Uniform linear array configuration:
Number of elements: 32
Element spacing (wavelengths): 0.5
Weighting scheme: cosine
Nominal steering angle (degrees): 30
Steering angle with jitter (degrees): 28.125
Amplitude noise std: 0.05
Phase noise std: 0.05

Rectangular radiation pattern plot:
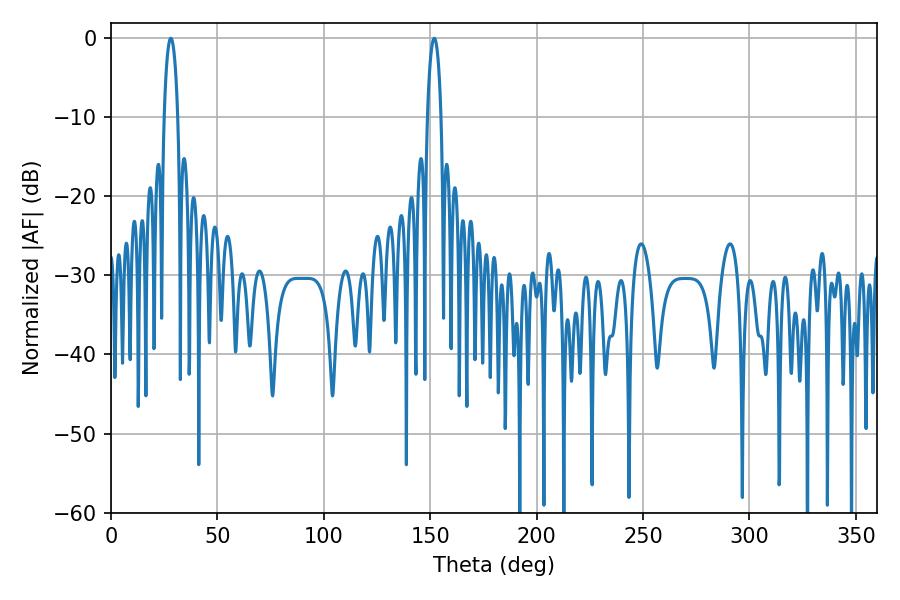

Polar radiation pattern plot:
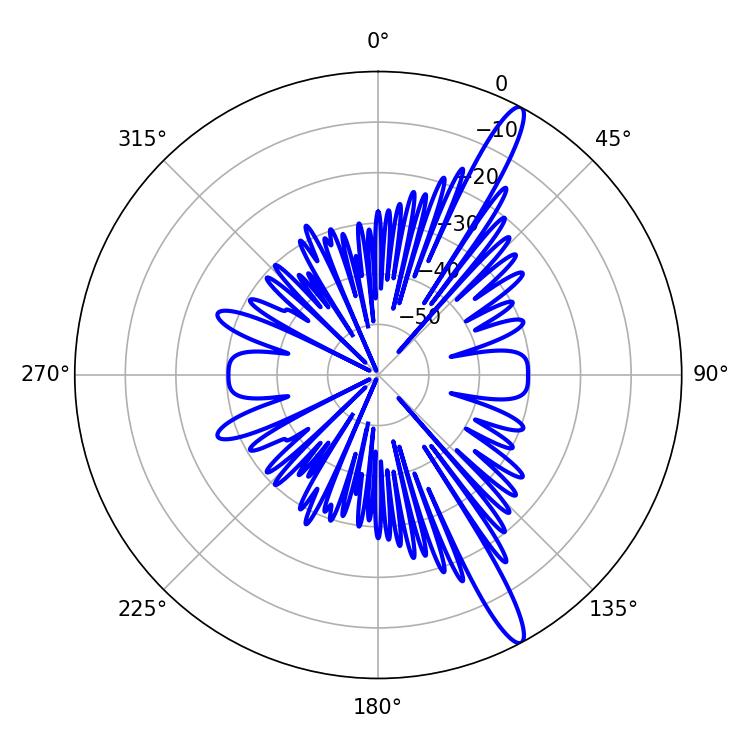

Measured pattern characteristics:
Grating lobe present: FALSE
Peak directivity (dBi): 14.765
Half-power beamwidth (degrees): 3.6
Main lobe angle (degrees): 151.92